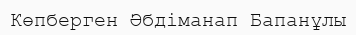
Көпберген Әбдіманап Бапанұлы